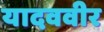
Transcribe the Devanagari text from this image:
यादववीर